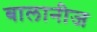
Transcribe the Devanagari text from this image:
बालानीज